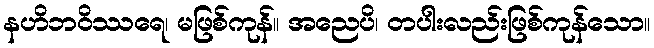
နဟိဘဝိဿရေ၊ မဖြစ်ကုန်။ အညေပိ၊ တပါးလည်းဖြစ်ကုန်သော။